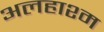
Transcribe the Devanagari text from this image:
अलहाश्म